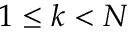
1 \le k < N